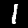
Label: 1